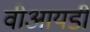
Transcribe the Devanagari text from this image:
वीआयडी